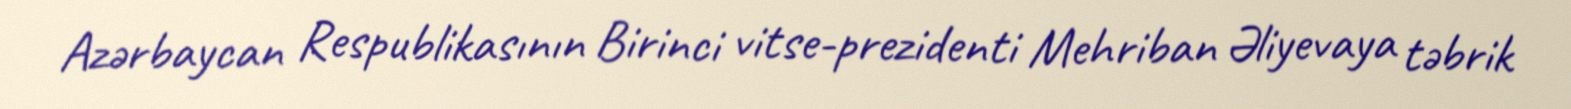
Azərbaycan Respublikasının Birinci vitse-prezidenti Mehriban Əliyevaya təbrik